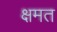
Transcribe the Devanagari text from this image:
क्षमत